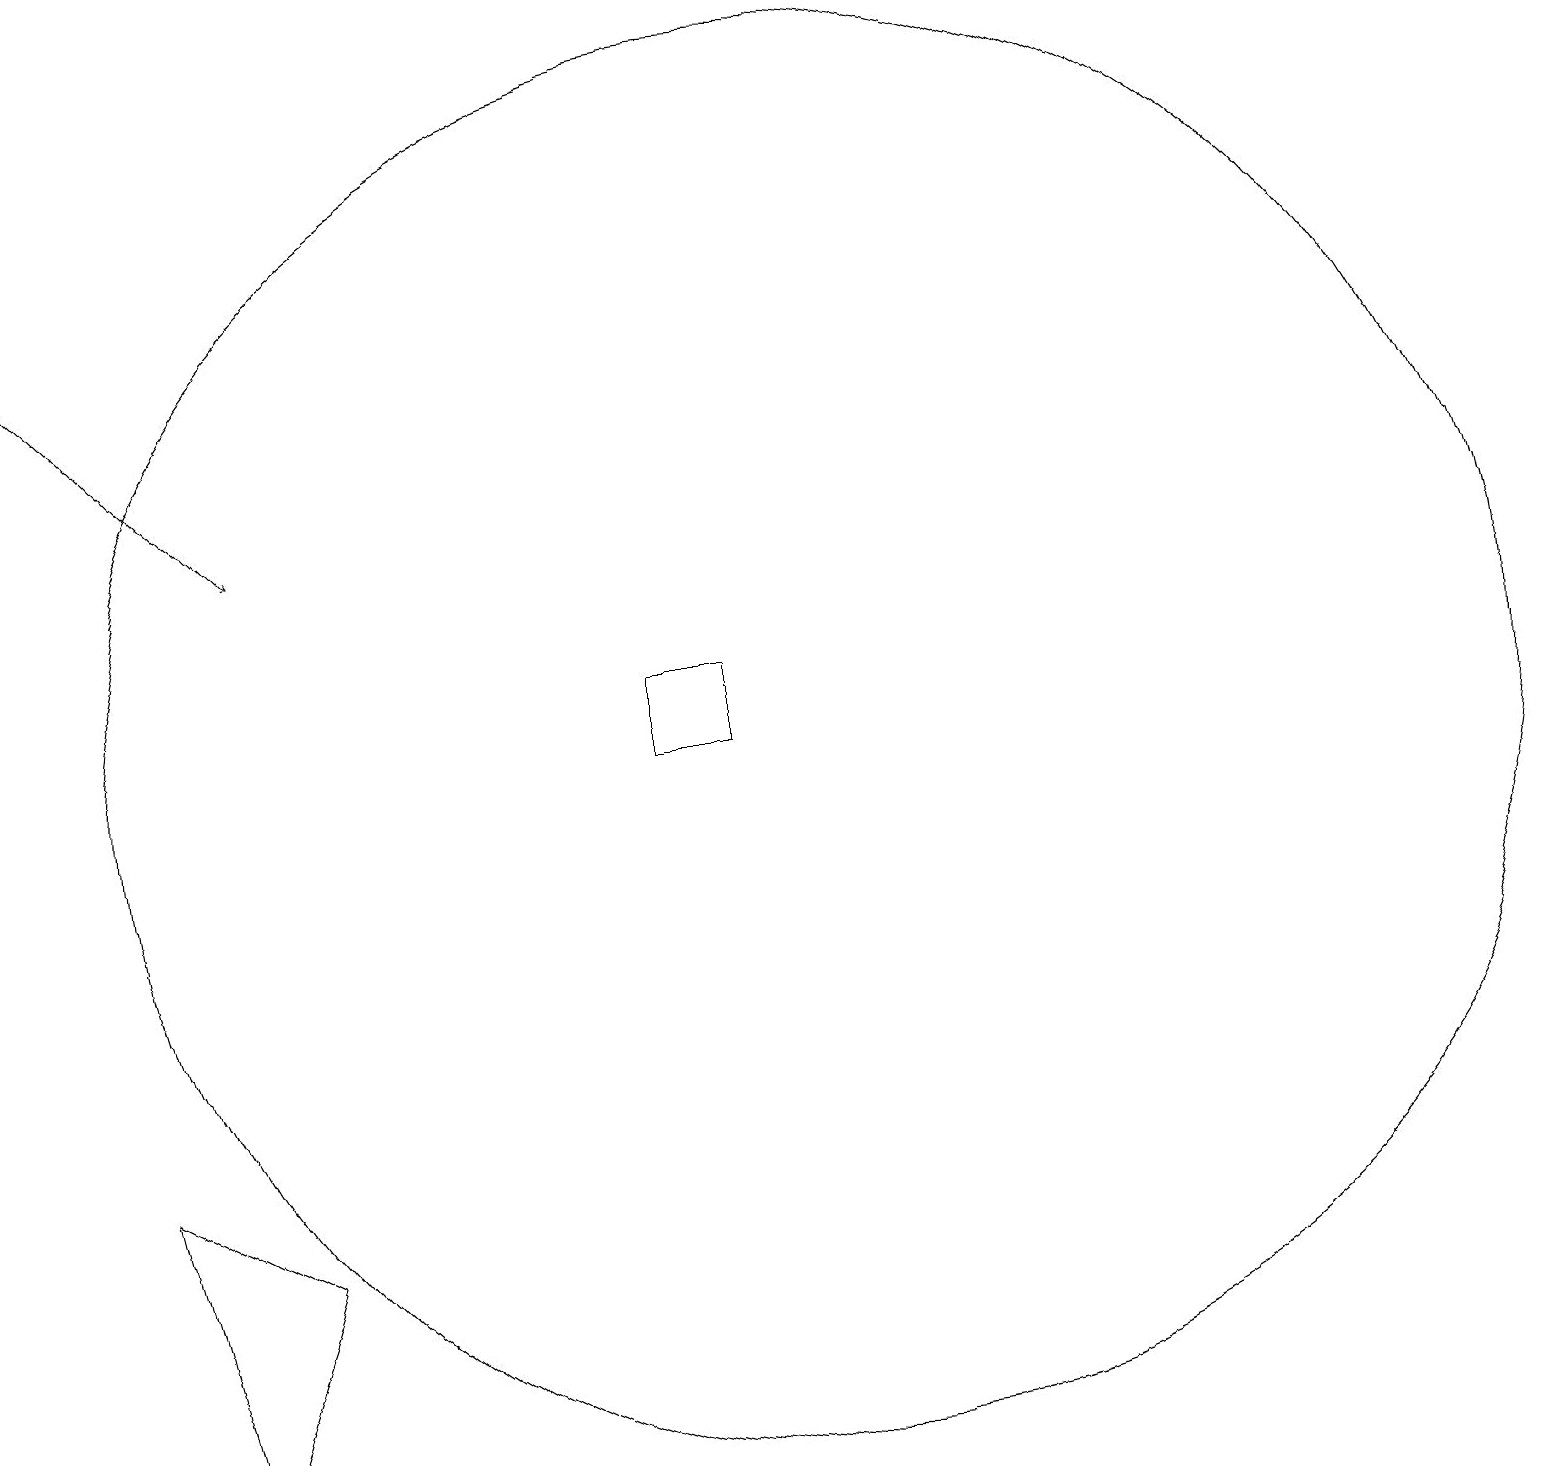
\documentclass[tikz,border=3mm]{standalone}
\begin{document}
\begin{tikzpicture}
\draw (8,10) rectangle (9,11);
\draw (1,5) -- (2,1) -- (3,4) -- cycle;
\draw (10,10) circle (9);
\draw[->] (0,16) -- (3,13);
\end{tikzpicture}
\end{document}